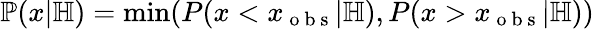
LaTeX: \mathbb P(x|\mathbb H)=\operatorname*{min}(P(x<x_{\mathrm{~o~b~s~}}|\mathbb H),P(x>x_{\mathrm{~o~b~s~}}|\mathbb H))